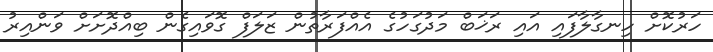
ހަރުކޮށް ހިނގާލާފައި އައި ރަޚަބް މަދުގަހުގެ އެއްފަރާތުން ޒަލަފް ގޮވައިގެން ބިއްދޮށަށް ވަންއިރު